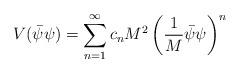
LaTeX: \begin{align*}V(\bar\psi\psi)=\sum_{n=1}^{\infty}c_n M^2 \left( \frac{1}{M}\bar\psi\psi\right)^n\end{align*}